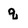
Character: q